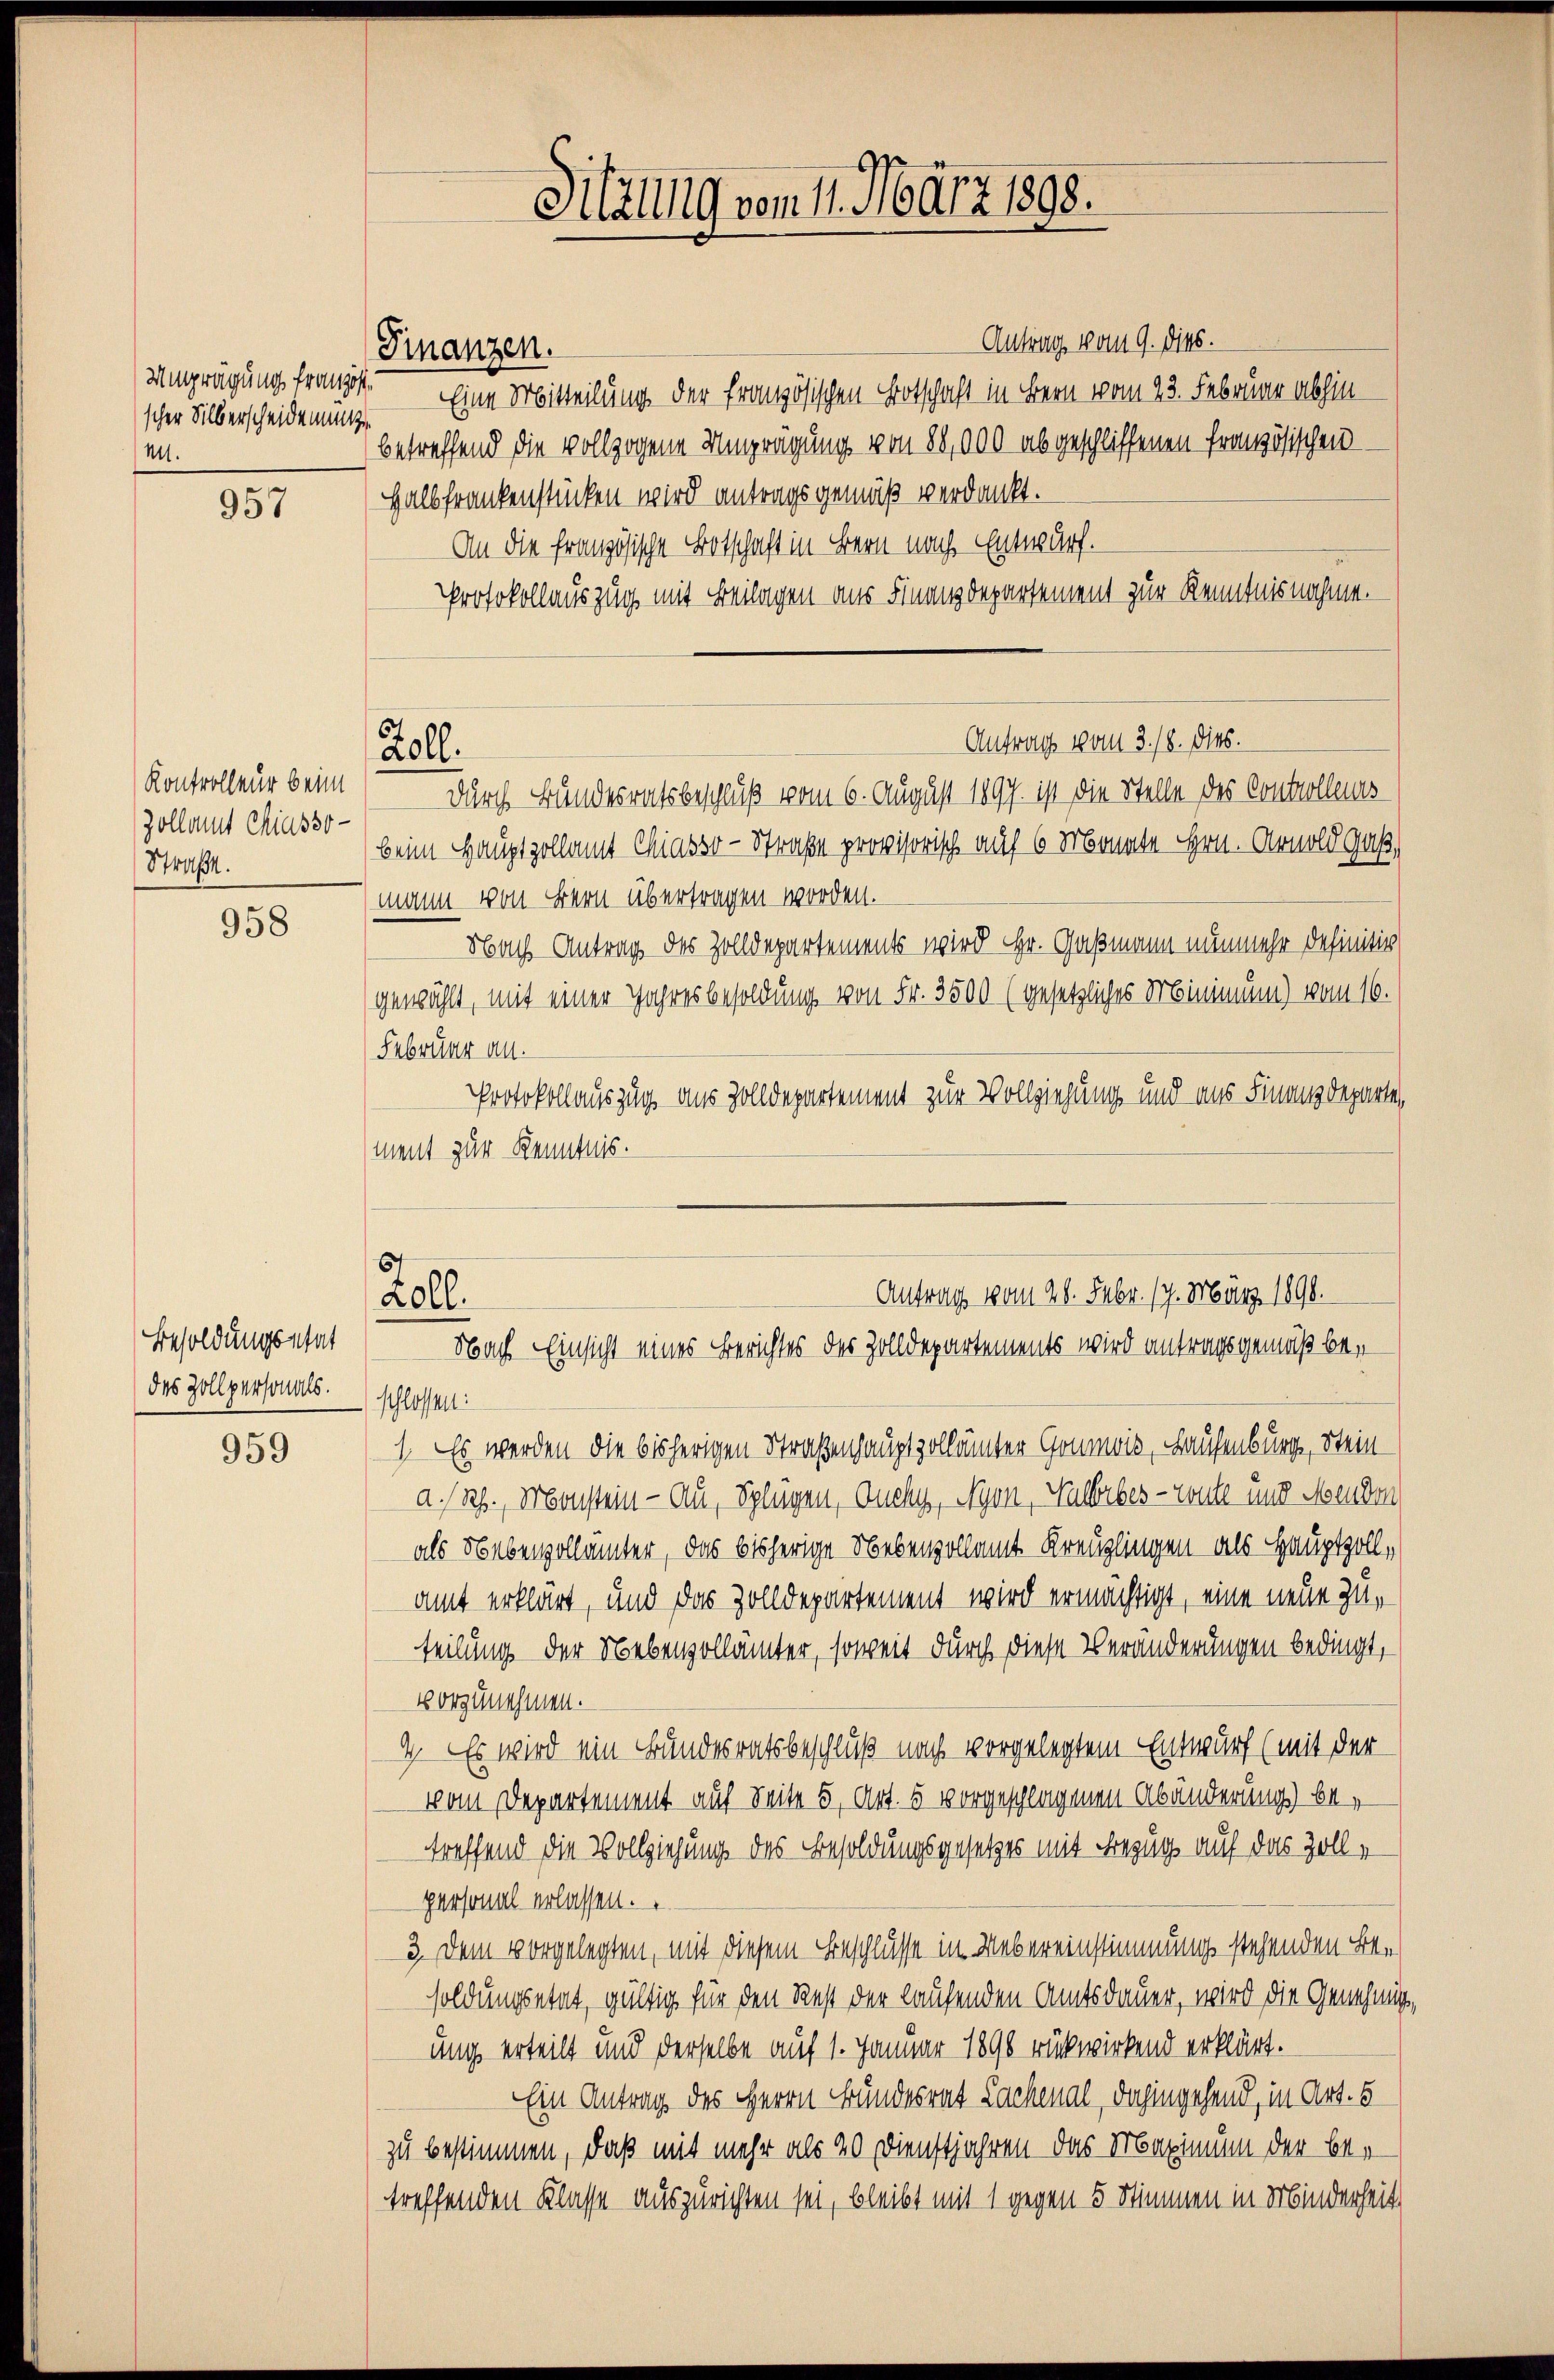
scher Silberscheidenung
M.

957

Kontrolleur beim
Zollamt Chiasso-
Straßen.

958

Besoldungschat
des Zollpersonals.

959

Antrag vom 9. dies.
Umgrägung franzst. Eine Mitteilung der französischen Botschaft in Bern vom 23. Februar abhinbetreffend die vollzogene Umprägung von 88,000 abgeschliffenen Französischen
Halbfrankenstücken wird antragsgemäß verdankt.
An die französische Botschaft in Bern nach Entwurf.
Protokollauszug mit Beilagen aus Finanzdepartement zur Kenntnisnahme.
Antrag vom 3. 18. dies.
durch Bundesratsbeschluß vom 6. August 1897. ist die Stelle des Controllens
beim Hauptzollamt Chiasso - Straße provisorisch auf 6 Monate Hrn. Arnold Gaß
mann von Bern übertragen worden.
Nach Antrag des Zolldepartements wird Hr. Gaßmann nunmehr definitiv
gewählt, mit einer Jahresbesoldung von Fr. 3500 (gesetzliches Minimum) vom 16.
Februar an.
Protokollauszug aus Zolldepartement zur Vollziehung und aus Finanzdeparte,
ment zur Kenntnis.
Antrag vom 26. Febr. 17. März 1890.
Zoll
Nbach Einsicht eines Berichtes der Zolldepartements wird antragsgemäß beschlossen:
1. Es werden die bisherigen Straßenhauptzollämter Goumwis, Hausenburg, Steina.Rh., Monstein - Au, Splügen, Duchy, Nyon, Hulbebes - Toute und Menden
als Nebenzollämter, das bisherige Nebenvollamt Kreuzlingen als Hauptzoll,
amt erklärt, und das Zolldepartement wird ermächtigt, eine neue Zuteilung der Nebenzollämter, soweit durch diese Veränderungen bedingt,
vorzunehmen.
4. Es wird ein Bundesratsbeschluß nach vorgelegtem Entwurf (mit der
vom Departement auf Seite 5, Art. 5 vorgeschlagenen Abänderung betreffend die Vollziehung des Besoldungsgesetzes mit Bezug auf das Zollpersonal erlassen.
3. Dem vorgelegten, mit diesem Beschlusse in Uebereinstimmung stehenden Besoldungsetat, gültig für den Rest der laufenden Amtsdauer, wird die Genehmigung erteilt und derselbe auf 1. Januar 1890 rückwirkend erklärt.
Ein Antrag des Herrn Bundesrat Lachenal, dahingehend, in Art. 6
zu bestimmen, daß mit mehr als 20 Dienstjahren das Maximum der betreffenden Klasse auszurichten sei, bleibt mit 1 gegen 5 Stimmen in Minderheit

Finanzen.

Roll.

Hälig vom 11. März 1898.